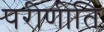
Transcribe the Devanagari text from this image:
परीणीति